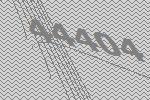
44404